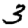
Digit: 3